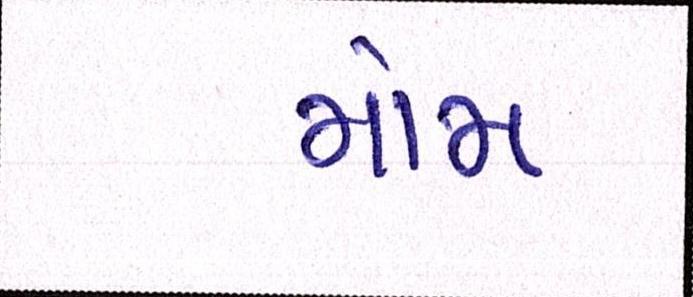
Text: મોમ